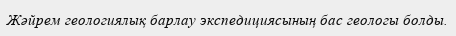
Жәйрем геологиялық барлау экспедициясының бас геологы болды.